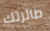
طائرتك